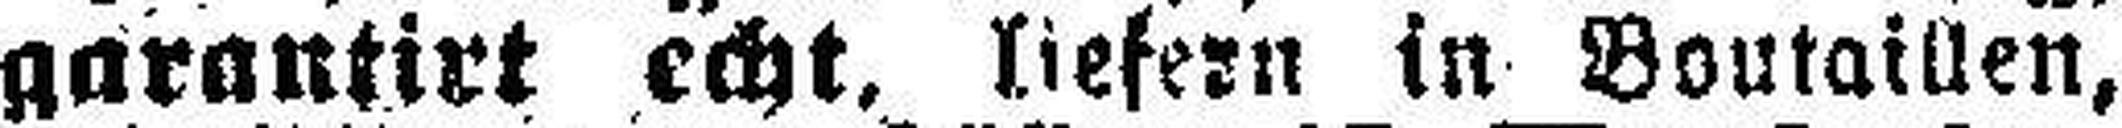
garantirt echt, liefern In Boutaillen,